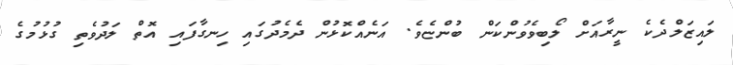
ލައިޒަލްދެކެ ނީރާއަށް ލޯބިވެވުންކަން ބުންޏެވެ. އަނެއްކޮޅުން ދެމެދުގައި ހިނގާފައި އޮތް ލަދުވެތި ގުޅުމުގެ